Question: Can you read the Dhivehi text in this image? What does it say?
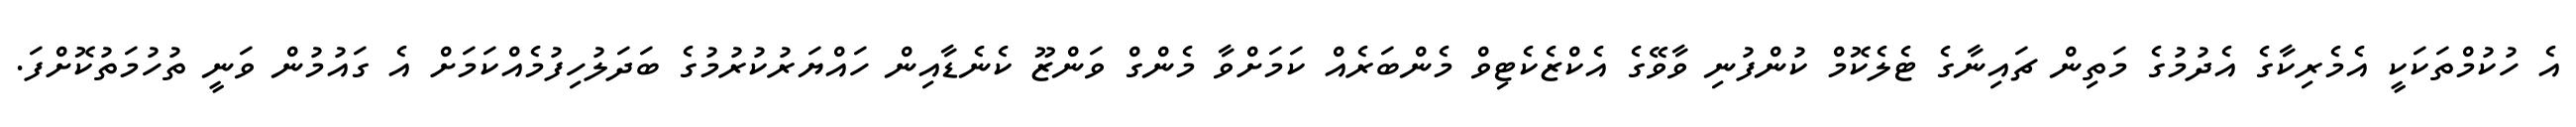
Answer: އެ ހުކުމްތަކަކީ އެމެރިކާގެ އެދުމުގެ މަތިން ޗައިނާގެ ޓެލެކޮމް ކުންފުނި ވާވޭގެ އެކްޒެކެޓިވް މެންބަރެއް ކަމަށްވާ މެންގް ވަންޒޫ ކެނެޑާއިން ހައްޔަރުކުރުމުގެ ބަދަލުހިފުމެއްކަމަށް އެ ގައުމުން ވަނީ ތުހުމަތުކޮށްފަ.